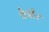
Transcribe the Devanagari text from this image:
चैत्रीर